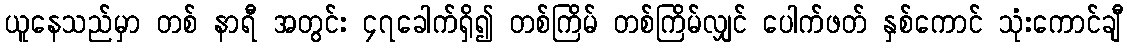
ယူနေသည်မှာ တစ် နာရီ အတွင်း ၄၇ခေါက်ရှိ၍ တစ်ကြိမ် တစ်ကြိမ်လျှင် ပေါက်ဖတ် နှစ်ကောင် သုံးကောင်ချီ